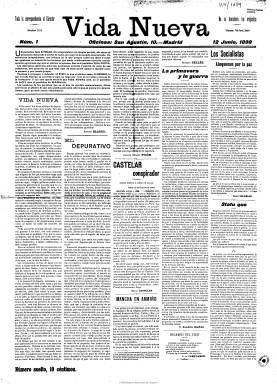
Título: Vida nueva (Madrid. 1898)
Colección: Periódicos || Literatura
Ámbito geográfico: Madrid
Lugar de publicación: Madrid
Fechas: 12/06/1898-14/08/1898

Nace a sólo un mes de lo que se dio en llamar el Desastre –la pérdida de las últimas colonias españolas- y bajo el impacto de este, el dos de junio de 1898, y de ella se ha dicho que es la revista –aunque con gran formato de diario- que mejor representa el espíritu de la generación del 98, formando parte del movimiento finisecular y de primeros de siglo que dio origen a una serie de publicaciones de vida efímera y precaria, como Germinal (1897-1899), Revista nueva (1899) o La vida literaria (1899), entre otras, caracterizado por su repulsa a lo “viejo” y “caduco” dotado de un vago regeneracionismo antirreaccionario y de rebeldía y renovación estética, de modernismo y europeísmo y, en suma, de lo “nuevo”, tal como aparece escrito en el primer número de esta revista.

A la vez que representa a una nueva generación también da cabida a escritores de la anterior, y su carácter independiente es como un “depósito plural” del 98, en palabras de Domingo Paniagua, ya que sus páginas cobijan a un amplio espectro ideológico, y junto a sus contenidos de renovación estética en lo literario y artístico insertará otros de carácter social y político, apadrinando un “socialismo independiente”, a juicio del ya citado Paniagua.

Es fundada por Eusebio Blasco (1844-1903), que fue también su primer director, hasta que a finales de 1899 es sustituido por Dionisio Pérez (1872-1935). Así, junto a Emilio Castelar (1832-1899), Joaquín Costa (1846-1911) Benito Pérez Galdós (1843-1920), Emilia Pardo Bazán (1851-1921) o Leopoldo Alas Clarín (1852-1901), participan Miguel de Unamuno (1864-1936), Jacinto Benavente (1866-1954), Ángel Ganivet (1865-1898), que sólo llega a publicar un artículo a causa de su prematuro fallecimiento, Vicente Blasco Ibáñez (1867-1928) o Ramiro de Maeztu 1875-1936); y junto a socialistas, como Pablo Iglesias (1850-1925), Juan José Morato (1864-1938) o José verdes Montenegro (1865-1940), escriben un católico como Marcelino Menéndez Pelayo (1856-1912) o unos anticlericales como José Nakens (1841-1926) o Luis Bonafoux (1855-1918). También participa Rubén Darío (1867-1916), y en ella se da a conocer Juan Ramón Jiménez (1881-1958). Asimismo están en su larga nómina de redactores y colaboradores Jacinto Octavio Picón (1852-1923), Mariano de Cavia (1855-1920), Luis Paris (1863-1936), Felipe Trigo (1864-1918), José Martínez Ruiz Azorín (1873-1867) que utiliza el seudónimo Charivari, Rodrigo Soriano (1868-1944) y un joven José Ortega y Gasset (1883-1955).

Publica crónicas de actualidad social, política, así como artículos de crítica literaria, artística, incluso musical, y textos de creación (relatos y poemas), prestando atención a la literatura extranjera. Entre sus firmas se encuentran también las de Francisco Fernández Villegas (1856-1916), conocido por su seudónimo Zeda; Manuel Bueno (1873-1936) que será el autor de la sección “Vida intelectual”; Dionisio Pérez de Ayala (1872-1935) a través de su seudónimo Pedro Recio de Tirteafuera, de “Semana mínima”, y Mariano de Cavia, de “A vuela pluma”. También cuenta con una sección de libros y revistas. Su carácter social y político le valdrá hasta ocho denuncias gubernamentales. Además de enjuiciar las consecuencias de la pérdida de las últimas posesiones españolas en ultramar, dedicará especial atención al proceso de Montjuich, publicando una serie de fotografías sobre el mismo. Llegará a incluir numerosos grabados y dibujos, la mayor parte de Apeles Mestres (1854-1936), así como reproducciones de obras pictóricos de carácter social.

Desde el uno de febrero publicará hasta ocho números de una edición popular que aparecía los jueves en un formato más pequeño y sin grabados, mientras que la ilustrada seguía apareciendo los domingos, con cuatro páginas y a cinco columnas. La colección de la Biblioteca Nacional de España llega hasta el número 10, correspondiente al 14 de agosto de 1898, pero estuvo publicándose hasta marzo de 1900, siendo el 94 el último número que editó, según Juan Domingo Vera Méndez.